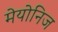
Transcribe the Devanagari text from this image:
मेयोनिज